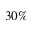
3 0 \%